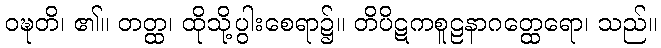
ဝဍ္ဎတိ၊ ၏။ တတ္ထ၊ ထိုသို့ပွါးစေရာ၌။ တိပိဋကစူဠနာဂတ္ထေရော၊ သည်။